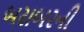
બરાબરની